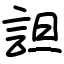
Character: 詚